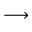
\longrightarrow